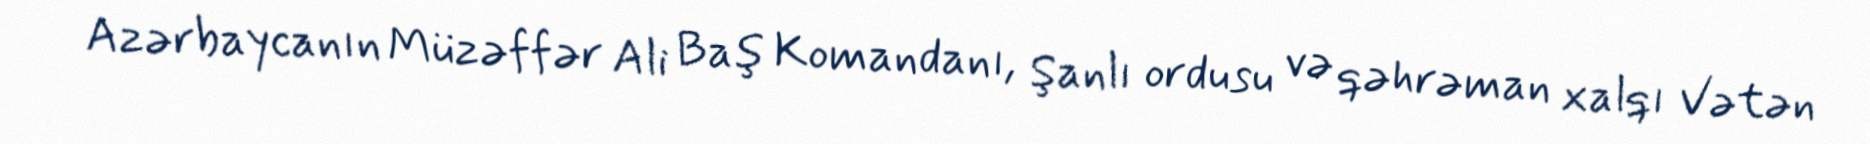
Azərbaycanın Müzəffər Ali Baş Komandanı, Şanlı ordusu və qəhrəman xalqı Vətən